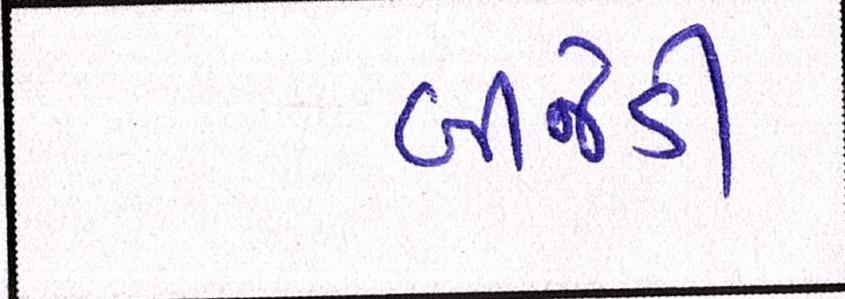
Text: બીજેડી